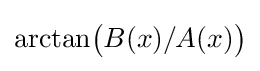
\arctan \!{\bigl (}B(x)/A(x){\bigr )}